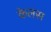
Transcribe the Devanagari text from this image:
केलस